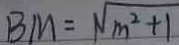
B M = \sqrt { m ^ { 2 } + 1 }